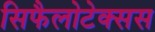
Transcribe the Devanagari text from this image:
सिफैलोटेक्सस